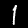
Label: 1